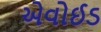
એવોઈડ